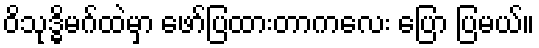
ဝိသုဒ္ဓိမဂ်ထဲမှာ ဖော်ပြထားတာကလေး ပြော ပြမယ်။